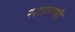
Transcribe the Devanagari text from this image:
साहरणी